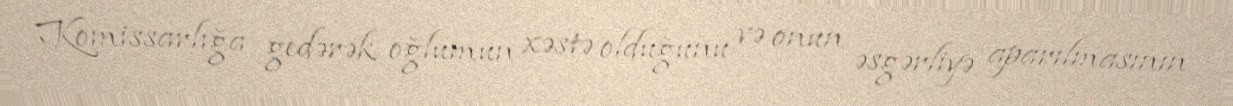
Komissarlığa gedərək oğlumun xəstə olduğunu və onun əsgərliyə aparılmasının